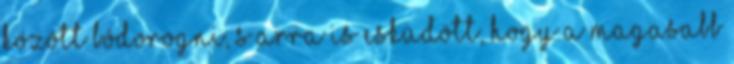
között bódorogni, s arra is esküdött, hogy a magasabb